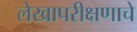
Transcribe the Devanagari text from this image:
लेखापरीक्षणाचे